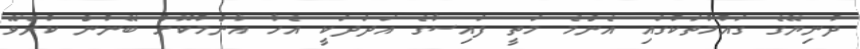
ދުނިޔޭގެ ގައުމުތަކުގައި އެންމެ މަތީ ފައިސާގެ އަދަދަކީ އެހާ އާންމުކޮށް ބޭނުން ކުރެވޭ